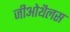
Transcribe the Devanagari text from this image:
जीओथैलस